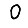
Digit: 0